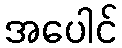
အပေါင်